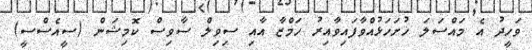
ވަހީދު އެ މައްސަލަ ހުށަހަޅުއްވާފައިވާއިރު ހަމްޒާ އާއި ސިވިލް ސާވިސް ކޮމިޝަން (ސީއެސްސީ)